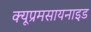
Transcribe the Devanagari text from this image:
क्यूप्रमसायनाइड